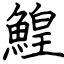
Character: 鰉